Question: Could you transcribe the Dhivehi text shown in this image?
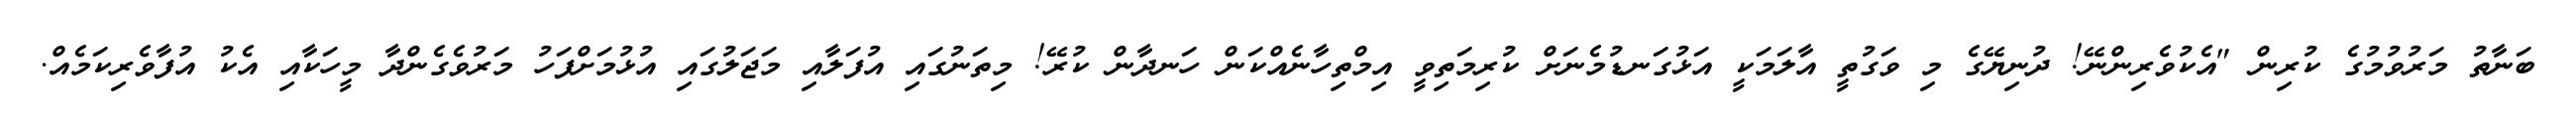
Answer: ބަނާތު މަރުވުމުގެ ކުރިން "އެކުވެރިންނޭ! ދުނިޔޭގެ މި ވަގުތީ އާލަމަކީ އަޅުގަނޑުމެނަށް ކުރިމަތިވީ އިމްތިހާނެއްކަން ހަނދާން ކުރޭ! މިތަނުގައި އުފަލާއި މަޖަލުގައި އުޅުމަށްފަހު މަރުވެގެންދާ މީހަކާއި އެކު އުފާވެރިކަމެއް.